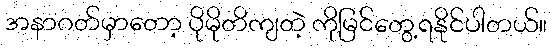
အနာဂတ်မှာတော့ ပိုမိုတိကျတဲ့ ကိုမြင်တွေ့ရနိုင်ပါတယ်။